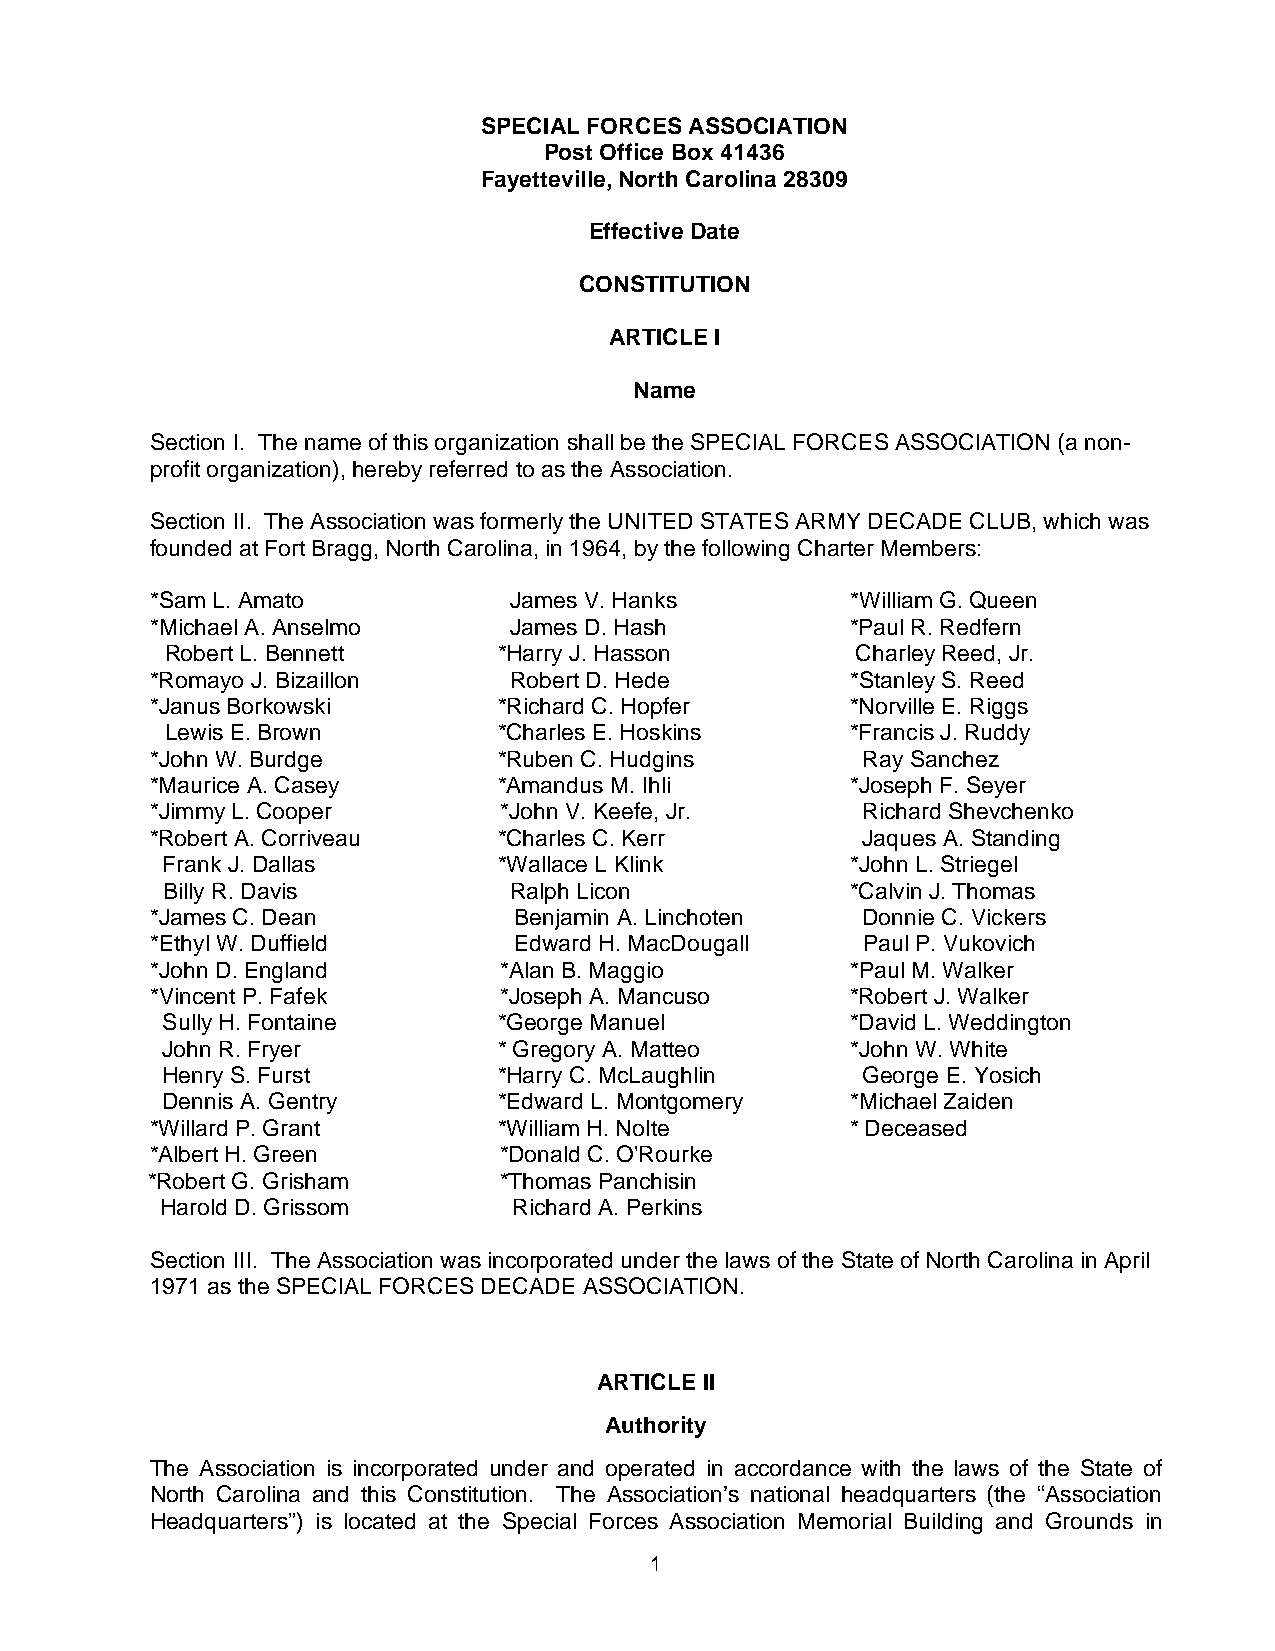
SPECIAL FORCES ASSOCIATION
 Post Office Box 41436
 Fayetteville, North Carolina 28309
 Effective Date
 CONSTITUTION
 ARTICLE I
 Name
 Section I. The name of this organization shall be the SPECIAL FORCES ASSOCIATION (a non-
 profit organization), hereby referred to as the Association.
 Section II. The Association was formerly the UNITED STATES ARMY DECADE CLUB, which was
 founded at Fort Bragg, North Carolina, in 1964, by the following Charter Members:
 *Sam L. Amato           James V. Hanks        *William G. Queen
 *Michael A. Anselmo     James D. Hash         *Paul R. Redfern
 Robert L. Bennett     *Harry J. Hasson        Charley Reed, Jr.
 *Romayo J. Bizaillon    Robert D. Hede        *Stanley S. Reed
 *Janus Borkowski       *Richard C. Hopfer     *Norville E. Riggs
 Lewis E. Brown        *Charles E. Hoskins    *Francis J. Ruddy
 *John W. Burdge        *Ruben C. Hudgins       Ray Sanchez
 *Maurice A. Casey      *Amandus M. Ihli       *Joseph F. Seyer
 *Jimmy L. Cooper       *John V. Keefe, Jr.     Richard Shevchenko
 *Robert A. Corriveau   *Charles C. Kerr        Jaques A. Standing
 Frank J. Dallas       *Wallace L Klink       *John L. Striegel
 Billy R. Davis         Ralph Licon           *Calvin J. Thomas
 *James C. Dean          Benjamin A. Linchoten  Donnie C. Vickers
 *Ethyl W. Duffield      Edward H. MacDougall   Paul P. Vukovich
 *John D. England       *Alan B. Maggio        *Paul M. Walker
 *Vincent P. Fafek      *Joseph A. Mancuso     *Robert J. Walker
 Sully H. Fontaine     *George Manuel         *David L. Weddington
 John R. Fryer         * Gregory A. Matteo    *John W. White
 Henry S. Furst        *Harry C. McLaughlin    George E. Yosich
 Dennis A. Gentry      *Edward L. Montgomery  *Michael Zaiden
 *Willard P. Grant      *William H. Nolte      * Deceased
 *Albert H. Green       *Donald C. O'Rourke
 *Robert G. Grisham     *Thomas Panchisin
 Harold D. Grissom      Richard A. Perkins
 Section III. The Association was incorporated under the laws of the State of North Carolina in April
 1971 as the SPECIAL FORCES DECADE ASSOCIATION.
 ARTICLE II
 Authority
 The Association is incorporated under and operated in accordance with the laws of the State of
 North Carolina and this Constitution. The Association’s national headquarters (the “Association
 Headquarters”) is located at the Special Forces Association Memorial Building and Grounds in
 1